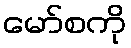
မော်စကို